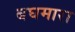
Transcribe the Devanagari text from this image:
बघमारा